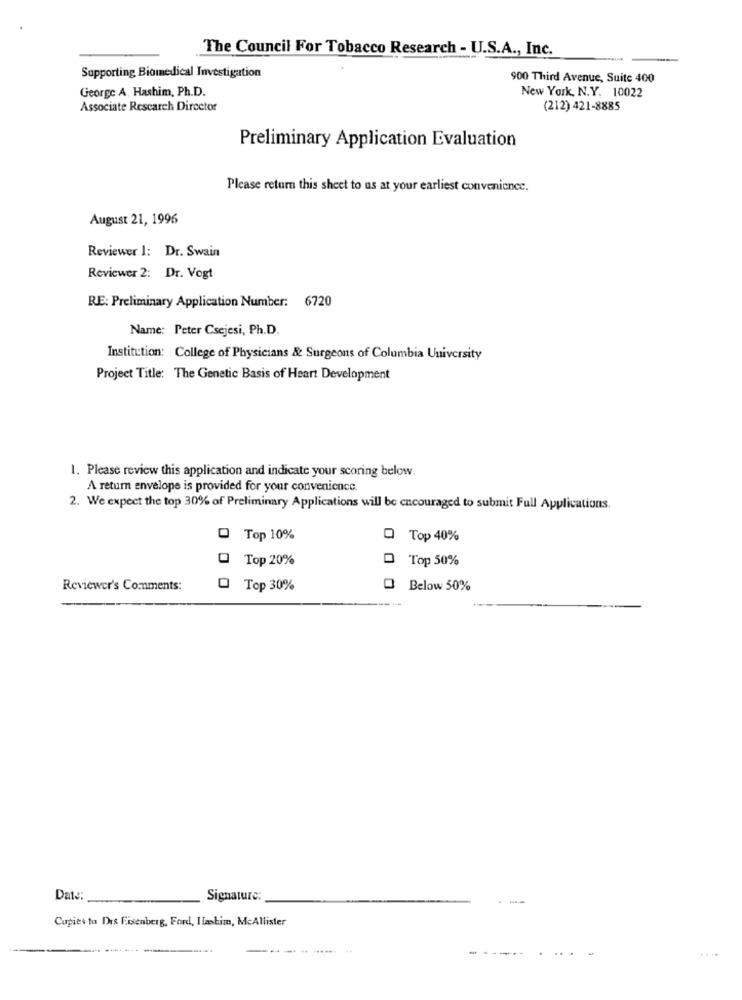
The Council For Tobacco Research - U.S.A ., Inc.
Supporting Biomedical Investigation
900 Third Avenue, Suite 400
George A. Hashim, Ph.D.
New York, N.Y. 10022
Associate Research Director
(212) 421-8885
Preliminary Application Evaluation
Please return this sheet to us at your earliest convenience.
August 21, 1996
Reviewer 1: Dr. Swain
Reviewer 2: Dr. Vogt
RE: Preliminary Application Number: 6720
Name: Peter Csejesi, Ph.D.
Institution: College of Physicians & Surgeons of Columbia University
Project Title: The Genetic Basis of Heart Development
1. Please review this application and indicate your scoring below.
A return envelope is provided for your convenience.
2. We expect the top 30% of Preliminary Applications will be encouraged to submit Full Applications.
D Top 10%
Top 40%
@ Top 20%
Top 50%
Reviewer's Comments:
O Top 30%
Below 50%
Date:
Signature:
-
Copies to Drs Eisenberg, Ford, Ilashim, McAllister